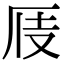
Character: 𠩍